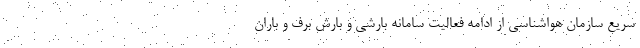
سریع سازمان هواشناسی از ادامه فعالیت سامانه بارشی و بارش برف و باران